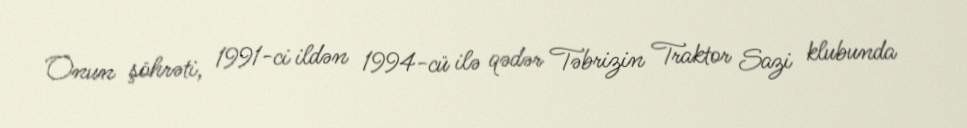
Onun şöhrəti, 1991-ci ildən 1994-cü ilə qədər Təbrizin Traktor Sazi klubunda